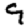
Digit: 9